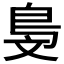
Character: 𣁓